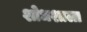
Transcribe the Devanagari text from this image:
शोधशाला